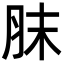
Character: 𦚜